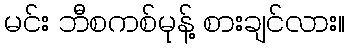
မင်း ဘီစကစ်မုန့် စားချင်လား။